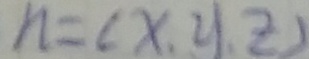
h = ( x , y , z )